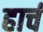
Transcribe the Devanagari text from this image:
हार्च